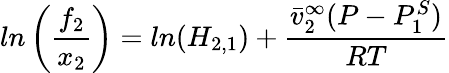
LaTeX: ln\left(\frac{f_{2}}{x_{2}}\right)=ln(H_{2,1})+\frac{\bar{v}_{2}^{\infty}(P-P_{1}^{S})}{RT}